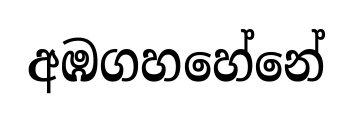
අඹගහහේනේ